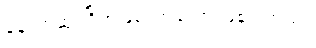
နောက်ဆုံးဂြိုဟ်ဖြစ်လာခဲ့တာ ဖြစ်ပါတယ်။